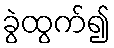
ခွဲထွက်၍